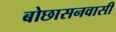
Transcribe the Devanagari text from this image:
बोछासनवासी